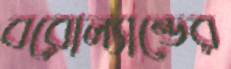
বরোল্যান্ডের